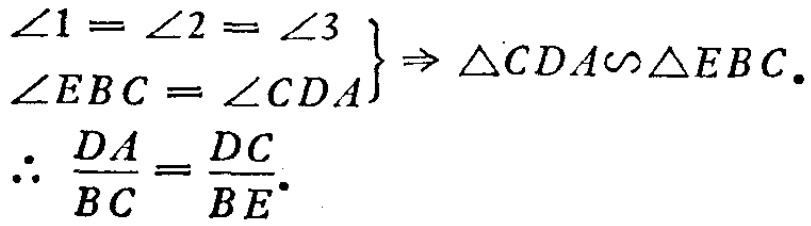
\[
\begin{align*}
\left.\begin{array}{l}
\angle1 = \angle2 = \angle3\\
\angle EBC=\angle CDA
\end{array}\right\}
&\Rightarrow \triangle CDA\sim\triangle EBC.\\
\therefore\frac{DA}{BC}&=\frac{DC}{BE}.
\end{align*}
\]